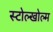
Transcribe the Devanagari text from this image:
स्टोल्खोल्म